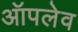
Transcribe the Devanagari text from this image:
ऑपलेव